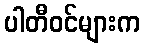
ပါတီဝင်များက